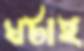
ঘটাই